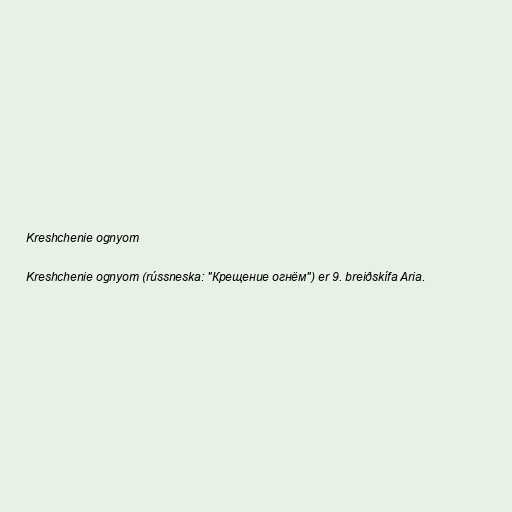
Kreshchenie ognyom

Kreshchenie ognyom (rússneska: "Крещение огнём") er 9. breiðskífa Aria.